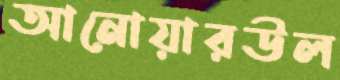
আনোয়ারউল